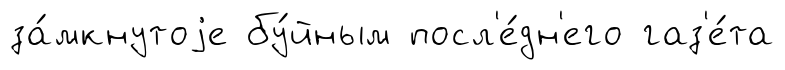
за́мкнутоjе бу́йным посл'е́дн'его газ'е́та